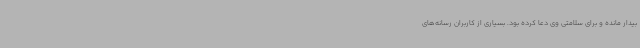
بیدار مانده و برای سلامتی وی دعا کرده بود. بسیاری از کاربران رسانه‌های